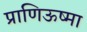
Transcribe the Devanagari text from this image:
प्राणिऊष्मा